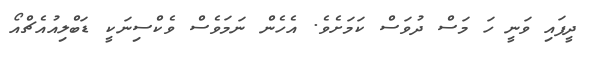
ދީފައި ވަނީ ހަ މަސް ދުވަސް ކަމަށެވެ. އެހެން ނަމަވެސް ވެކްސިނަކީ ޑަބްލިއުއެޗްއޯ